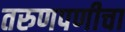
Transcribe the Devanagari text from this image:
तरुणपणीचा